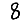
Digit: 8